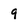
Character: 9